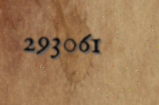
293061